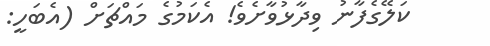
ކަލޭގެފާނު ވިދާޅުވާށެވެ! އެކަމުގެ މައްޗަށް (އެބަހީ: